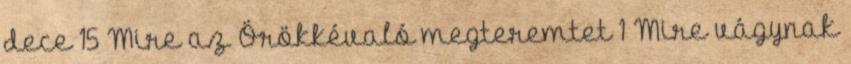
dece 15 Mire az Örökkévaló megteremtet 1 Mire vágynak